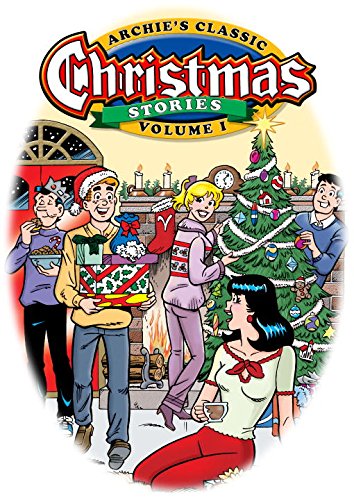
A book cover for Archie's Classic Christmas Stories Volume 1 (Archie' Classics); Frank Doyle; Comics & Graphic Novels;